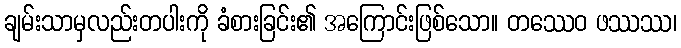
ချမ်းသာမှလည်းတပါးကို ခံစားခြင်း၏ အကြောင်းဖြစ်သော။ တဿေဝ ဖဿဿ၊